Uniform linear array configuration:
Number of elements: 24
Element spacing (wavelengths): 0.25
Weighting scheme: hann
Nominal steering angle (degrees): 0
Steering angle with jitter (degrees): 0.8141
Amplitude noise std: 0.05
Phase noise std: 0.05

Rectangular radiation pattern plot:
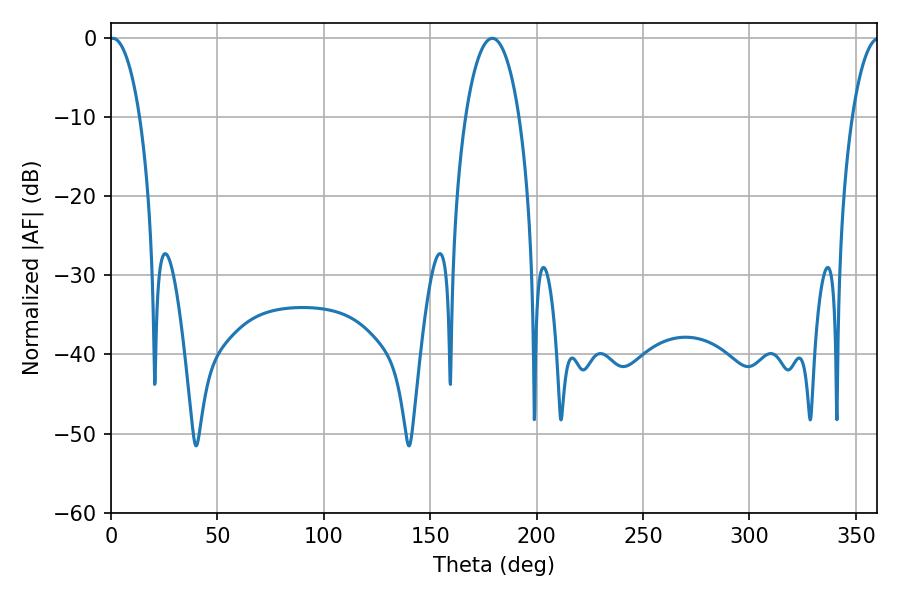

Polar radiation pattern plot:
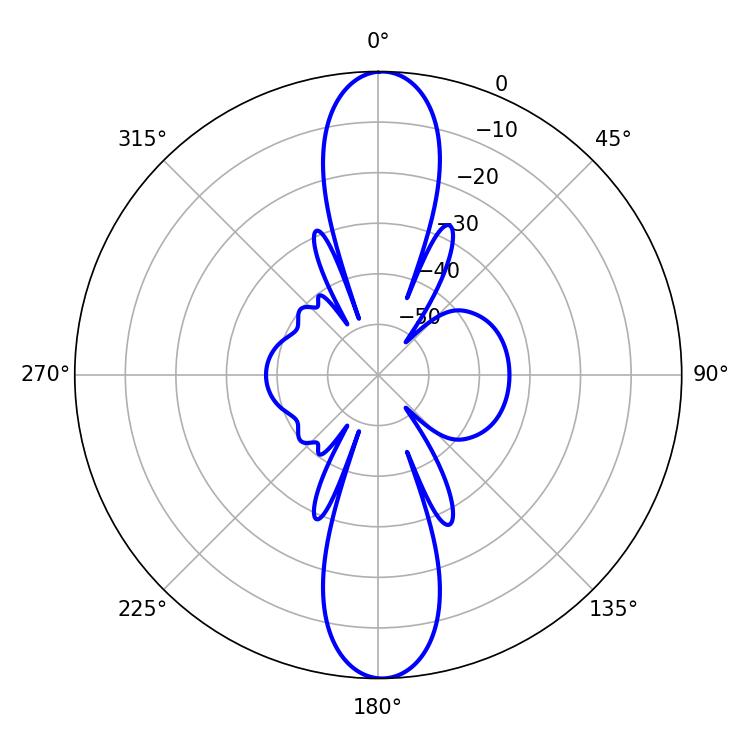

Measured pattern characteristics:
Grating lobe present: FALSE
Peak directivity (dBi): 23.979
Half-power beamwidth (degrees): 7.92
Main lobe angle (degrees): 0.9